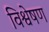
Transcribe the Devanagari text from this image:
विश्वेषण